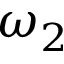
\omega _ { 2 }